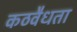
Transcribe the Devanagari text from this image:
कठवैधता